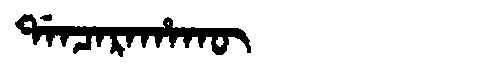
Manchu: ᡩᠠᠨᠴᠠᡵᠠᡥᠠᡴᡡ
Romanization: DANCARAHAKŪ